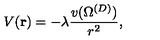
V ( { \bf r } ) = - \lambda \frac { v ( \Omega ^ { ( { D } ) } ) } { r ^ { 2 } } ,